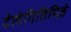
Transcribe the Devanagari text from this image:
देलेगितिमिज़े